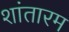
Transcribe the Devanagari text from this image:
शांतारम